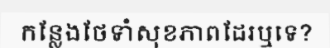
កន្លែងថែទាំសុខភាពដែរឬទេ?